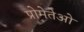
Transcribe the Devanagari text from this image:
प्रोमेतेओ